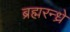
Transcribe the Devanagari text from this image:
ब्रह्मरन्ध्रे